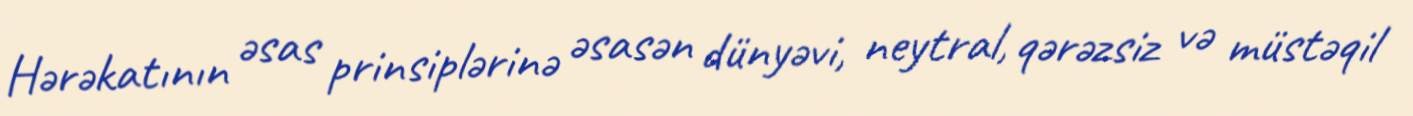
Hərəkatının əsas prinsiplərinə əsasən dünyəvi, neytral, qərəzsiz və müstəqil